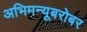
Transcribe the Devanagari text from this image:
अभिमन्यूबरोबर